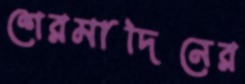
শেরমাদিনের